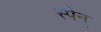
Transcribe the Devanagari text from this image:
स्पैन्